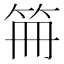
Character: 笧